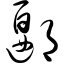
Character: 郾